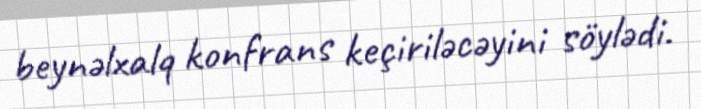
beynəlxalq konfrans keçiriləcəyini söylədi.